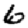
Digit: 6